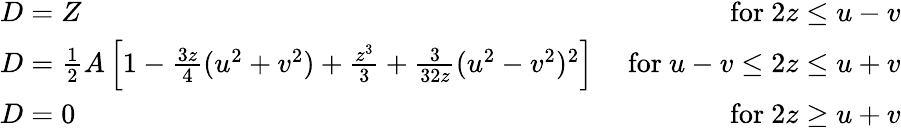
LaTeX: \begin{array}{lr}{{D=Z}}&{{\ \mathrm{for~}2z\leq u-v}}\\ {{D=\frac{1}{2}A\left[1-\frac{3z}{4}(u^{2}+v^{2})+\frac{z^{3}}{3}+\frac{3}{32z}(u^{2}-v^{2})^{2}\right]}}&{{\ \mathrm{for~}u-v\leq 2z\leq u+v}}\\ {{D=0}}&{{\ \mathrm{for~}2z\geq u+v}}\end{array}